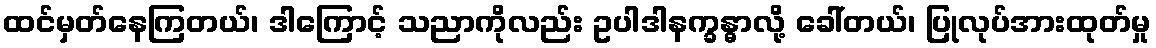
ထင်မှတ်နေကြတယ်၊ ဒါကြောင့် သညာကိုလည်း ဥပါဒါနက္ခန္ဓာလို့ ခေါ်တယ်၊ ပြုလုပ်အားထုတ်မှု